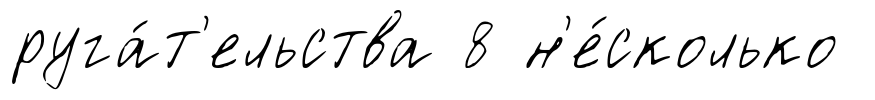
руга́т'ельства 8 н'е́сколько